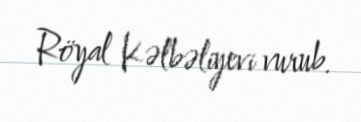
Röyal Kəlbəliyevi vurub.